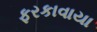
ફરકાવાયા